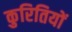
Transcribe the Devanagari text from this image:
कुरितियों